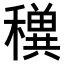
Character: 𥣕